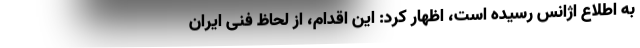
به اطلاع اژانس رسیده است، اظهار کرد: این اقدام، از لحاظ فنی ایران